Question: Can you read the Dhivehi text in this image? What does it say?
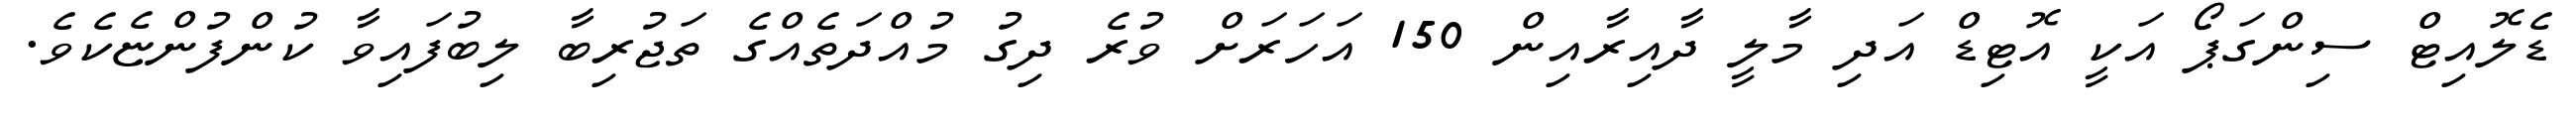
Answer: ޑެލޮއިޓް ސިންގަޕޯ އަކީ އޮޓިޑް އަދި މާލީ ދާއިރާއިން 150 އަހަރަށް ވުރެ ދިގު މުއްދަތެއްގެ ތަޖުރިބާ ލިބުފައިވާ ކުންފުންޏެކެވެ.